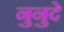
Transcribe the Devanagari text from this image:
नुनुदे